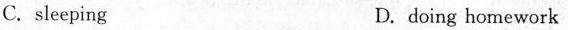
C. sleeping D.doing homework